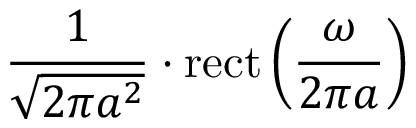
{ \frac { 1 } { \sqrt { 2 \pi a ^ { 2 } } } } \cdot \operatorname { r e c t } \left( { \frac { \omega } { 2 \pi a } } \right)